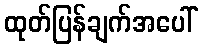
ထုတ်ပြန်ချက်အပေါ်